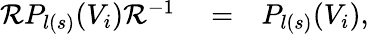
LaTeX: \begin{array}{rlr}{{\cal{R}}P_{l(s)}(V_{i}){\cal{R}}^{-1}}&{{}=}&{P_{l(s)}(V_{i}),}\end{array}